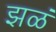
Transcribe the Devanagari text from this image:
झळं